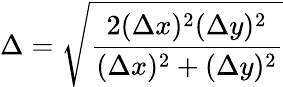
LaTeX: \Delta=\sqrt{\frac{2(\Delta x)^{2}(\Delta y)^{2}}{(\Delta x)^{2}+(\Delta y)^{2}}}